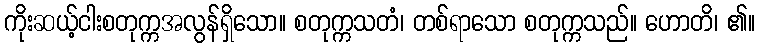
ကိုးဆယ့်ငါးစတုက္ကအလွန်ရှိသော။ စတုက္ကသတံ၊ တစ်ရာသော စတုက္ကသည်။ ဟောတိ၊ ၏။